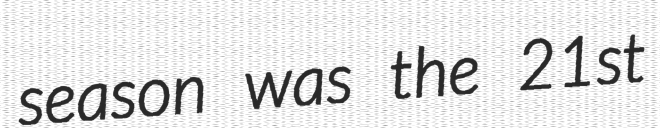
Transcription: season was the 21st